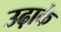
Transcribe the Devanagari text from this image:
उढ़ाके